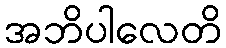
အဘိပါလေတိ